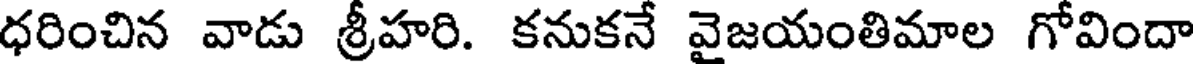
ధరించిన వాడు శ్రీహరి. కనుకనే వైజయంతిమాల గోవిందా